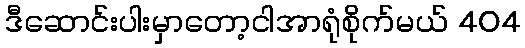
ဒီဆောင်းပါးမှာတော့ငါအာရုံစိုက်မယ် 404